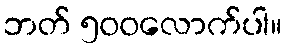
ဘတ် ၅၀၀လောက်ပါ။